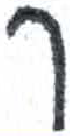
אות: ך